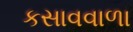
કસાવવાળા